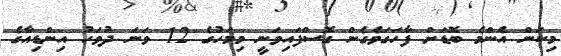
މިކަން އެންމެ ބޮޑަށް ފާހަގަވެގެން ގޮސްފައިވަނީ މިމަހުގެ 12 ވަނަ ދުވަހު އިންޑިއާގެ